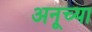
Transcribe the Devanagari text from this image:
अनूच्या